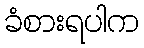
ခံစားရပါက